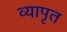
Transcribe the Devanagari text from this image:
व्यापृत